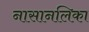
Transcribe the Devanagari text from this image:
नासानलिका